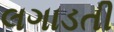
લગાડતી